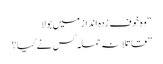
“ وہ خوف زدہ انداز میں بولا
” قاتلانہ حملہ کس نے کیا؟